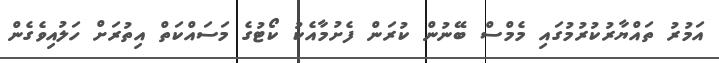
އަމުރު ތައްޔާރުކުރުމުގައި މެމްސް ބޭނުން ކުރަން ފެށުމާއެކު ކޯޓުގެ މަސައްކަތް އިތުރަށް ހަލުއިވެގެން